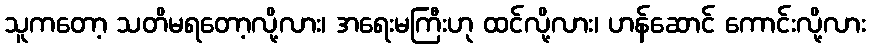
သူကတော့ သတိမရတော့လို့လား၊ အရေးမကြီးဟု ထင်လို့လား၊ ဟန်ဆောင် ကောင်းလို့လား